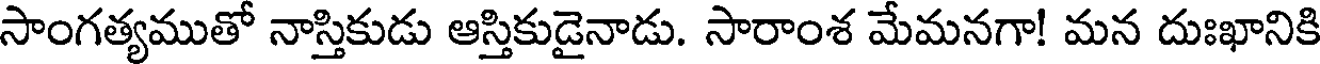
సాంగత్యముతో నాస్తికుడు ఆస్తికుడైనాడు. సారాంశ మేమనగా! మన దుఃఖానికి